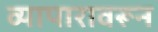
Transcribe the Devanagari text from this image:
व्यापारावरून